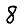
Digit: 8